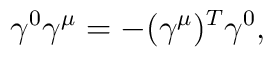
{\gamma^0 \gamma^\mu = - (\gamma^\mu)^T \gamma^0,}